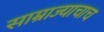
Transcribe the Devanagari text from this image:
साम्राज्याचाच